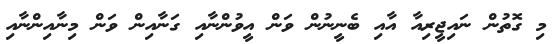
މި ގޮތުން ނައިޖީރިއާ އާއި ބެނީނުން ވަން އީވުންނާއި ގަނާއިން ވަން މިނާއިންނާއި